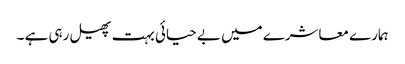
ہمارے معاشرے میں بے حیائی بہت پھیل رہی ہے ۔